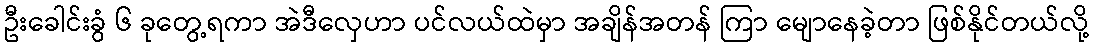
ဦးခေါင်းခွံ ၆ ခုတွေ့ရကာ အဲဒီလှေဟာ ပင်လယ်ထဲမှာ အချိန်အတန် ကြာ မျောနေခဲ့တာ ဖြစ်နိုင်တယ်လို့